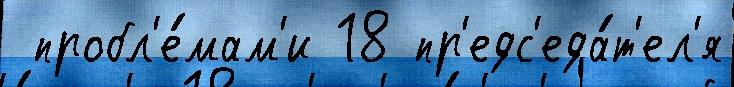
 пробл'е́мам'и 18 пр'едс'еда́т'ел'я